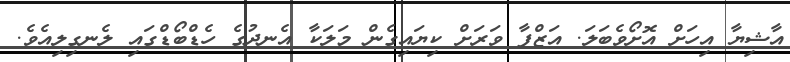
އާޝިޔާ އިހަށް އޮށޯވެބަލަ. އަޒްފާ ވަރަށް ކިޔައިގެން މަލަކާ އެނދުގެ ހެޑްބޯޑްގައި ލެނގިލިއެވެ.